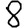
Digit: 8